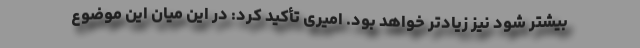
بیشتر شود نیز زیادتر خواهد بود. امیری تأکید کرد: در این میان این موضوع